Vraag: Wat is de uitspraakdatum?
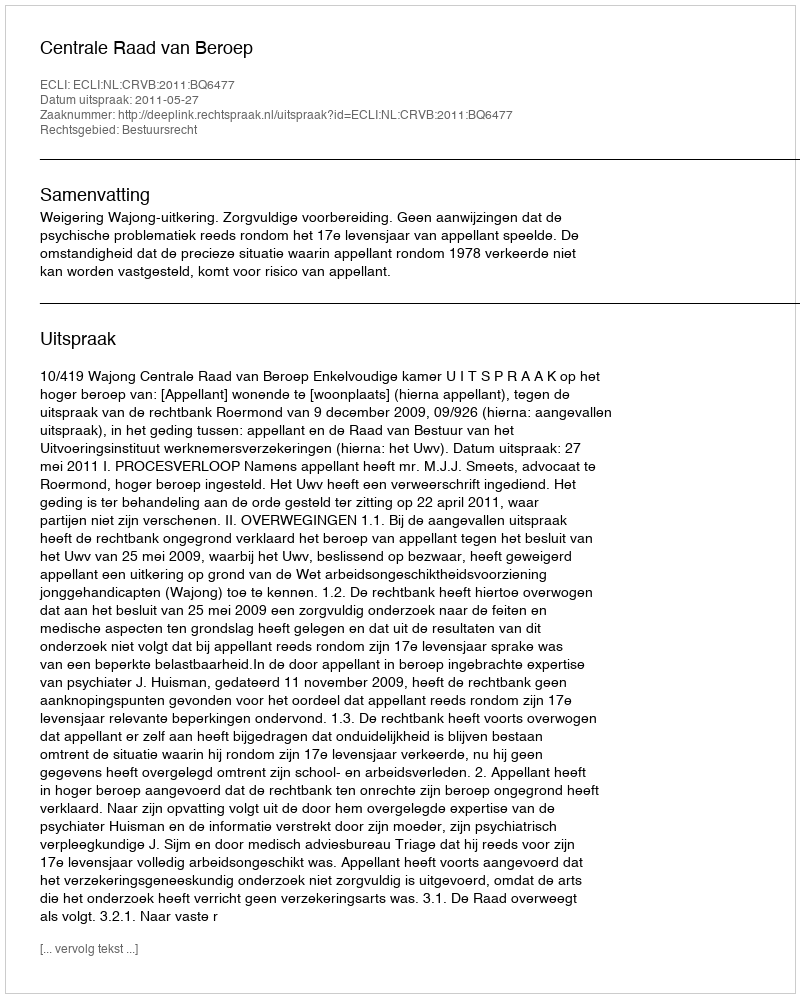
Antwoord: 2011-05-27